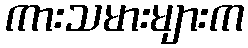
ကားသမားများက